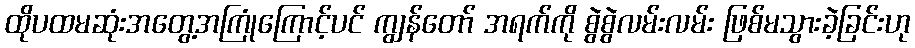
ထိုပထမဆုံးအတွေ့အကြုံကြောင့်ပင် ကျွန်တော် အရက်ကို စွဲစွဲလမ်းလမ်း ဖြစ်မသွားခဲ့ခြင်းဟု